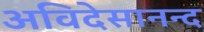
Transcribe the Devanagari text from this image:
अविदेसानन्द